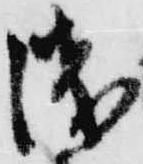
浅